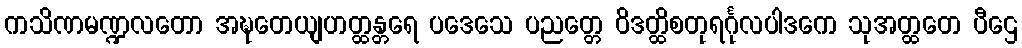
ကသိဏမဏ္ဍလတော အဍ္ဎတေယျဟတ္ထန္တရေ ပဒေသေ ပညတ္တေ ဝိဒတ္ထိစတုရင်္ဂုလပါဒကေ သုအတ္ထတေ ပီဌေ